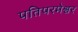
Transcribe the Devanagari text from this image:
पतिपरमेश्वर